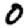
Digit: 0